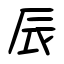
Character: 辰